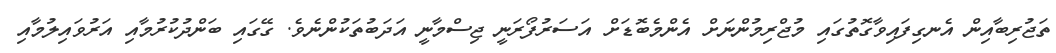
ތަޖުރިބާއިން އެނގިފައިވާގޮތުގައި މުޖްރިމުންނަށް އެންމެބޮޑަށް އަސަރުފޯރަނީ ޖިސްމާނީ އަދަބުތަކުންނެވެ. ގޭގައި ބަންދުކުރުމާއި އަރުވައިލުމާއި